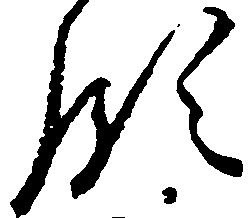
領